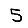
Digit: 5